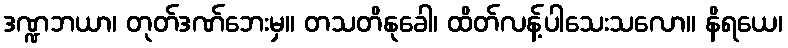
ဒဏ္ဍဘယာ၊ တုတ်ဒဏ်ဘေးမှ။ တသတိနုခေါ၊ ထိတ်လန့်ပါသေးသလော။ နိရယေ၊